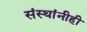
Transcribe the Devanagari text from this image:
संस्थांनीही